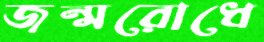
জন্মরোধে